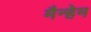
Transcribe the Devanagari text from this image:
मैन्हेम